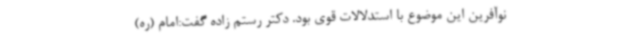
نوآفرین این موضوع با استدلالات قوی بود. دکتر رستم زاده گفت:امام (ره)